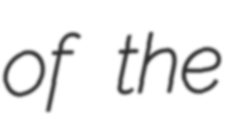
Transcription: of the